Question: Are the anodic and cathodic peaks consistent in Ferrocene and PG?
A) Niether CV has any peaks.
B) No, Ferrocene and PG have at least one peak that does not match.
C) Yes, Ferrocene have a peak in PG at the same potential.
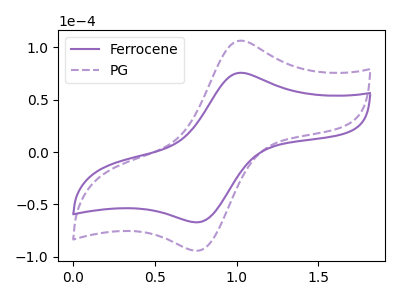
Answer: <think>The purple curve "Ferrocene" has an anodic peak at (1.00V, 75.65uA) and a cathodic peak at (0.75V, -67.05uA). The purple dashed curve "PG" has an anodic peak at (1.00V, 106.30uA) and a cathodic peak at (0.75V, -94.20uA).</think>
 <answer>C) Yes, "Ferrocene" have a peak in "PG" at the same potential.</answer>
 <eval>C</eval>